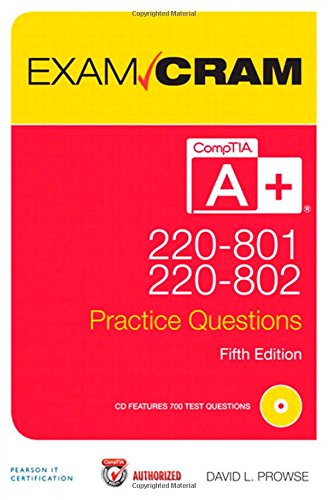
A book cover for CompTIA A+ 220-801 and 220-802 Practice Questions Exam Cram (5th Edition); David L. Prowse; Computers & Technology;